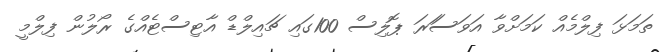
ތަމަޅަ ފިލްމެއް ކަމަށްވާ އަވަސަަރަ ޕޮލިސް 100ގައި ޗައިލްޑް އާޓިސްޓެއްގެ ރޯލުން ފިލްމީ